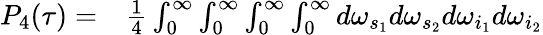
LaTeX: \begin{array}{rl}{P_{4}(\tau)=}&{{}\frac{1}{4}\int_{0}^{\infty}\int_{0}^{\infty}\int_{0}^{\infty}\int_{0}^{\infty}d\omega_{s_{1}}d\omega_{s_{2}}d\omega_{i_{1}}d\omega_{i_{2}}}\end{array}